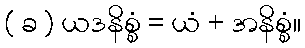
( ခ ) ယဒနိစ္စံ = ယံ + အနိစ္စံ။